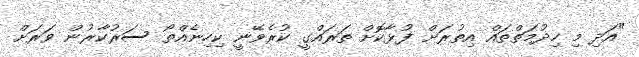
"އަދި މި ހިދުމަތްތައް އިތުރަށް ފުޅާކޮށް ތަރައްގީ ކުރެވޭނީ ކިހިނެއްތޯ ސަރުކާރުން ވަރަށް